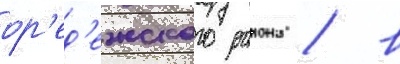
ор'ед'ежского раиона / в